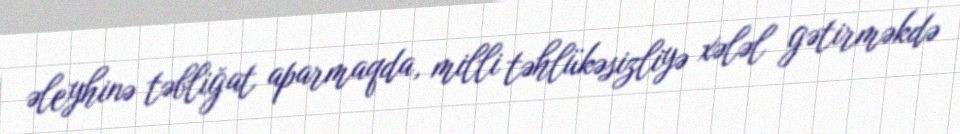
əleyhinə təbliğat aparmaqda, milli təhlükəsizliyə xələl gətirməkdə